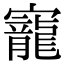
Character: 寵